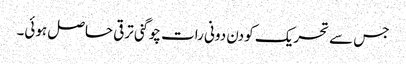
جس سے تحریک کو دن دونی رات چوگنی ترقی حاصل ہوئی۔